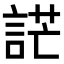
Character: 𧨔